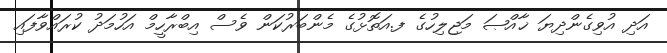
އަދި އުވިގެންދިޔަ ޚާއްޞަ މަޖިލިހުގެ ފ.އަތޮޅުގެ މެންބަރުކަން ވެސް އިބްރާހީމް އަހުމަދު ކުރައްވާފައި